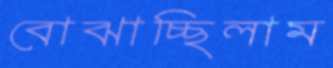
বোঝাচ্ছিলাম